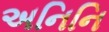
અનિનિ